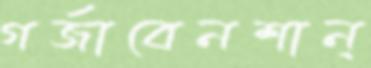
গর্‌জাবেনশান্